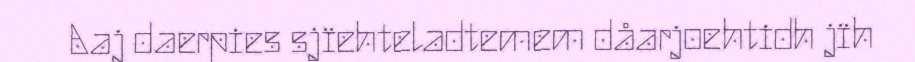
Aaj daerpies sjïehteladtemem dåarjoehtidh jïh